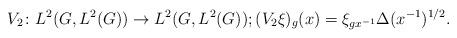
LaTeX: \begin{align*} V_2\colon L^2(G,L^2(G)) \to L^2(G,L^2(G)); (V_2 \xi)_g(x) = \xi_{gx^{-1}} \Delta(x^{-1})^{1/2}. \end{align*}